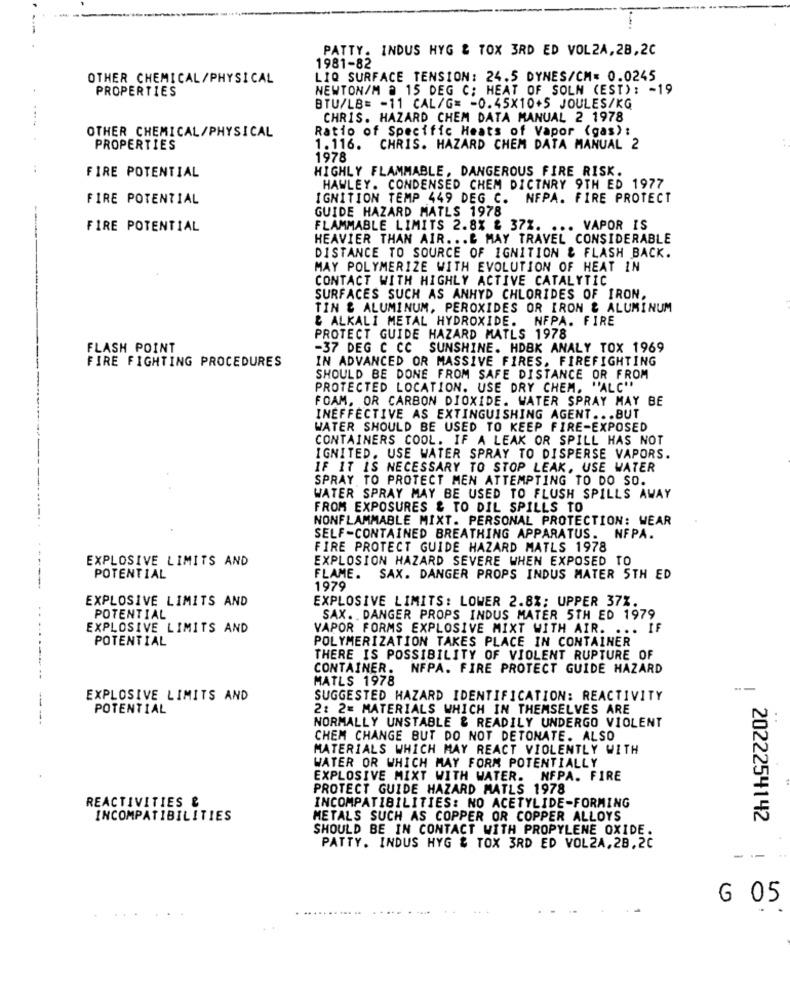
PATTY. INDUS HYG & TOX 3RD ED VOL2A, 28,2C
1981-82
OTHER CHEMICAL/PHYSICAL
LIQ SURFACE TENSION: 24.5 DYNES/CM= 0.0245
PROPERTIES
NEWTON/M a 15 DEG C; HEAT OF SOLN (EST): - 19
BTU/LB= - 11 CAL/G= - 0.45X10+5 JOULES/KG
CHRIS. HAZARD CHEM DATA MANUAL 2 1978
Ratio of Specific Heats of Vapor (gas):
OTHER CHEMICAL/PHYSICAL
PROPERTIES
1.116. CHRIS. HAZARD CHEM DATA MANUAL 2
1978
HIGHLY FLAMMABLE, DANGEROUS FIRE RISK.
FIRE POTENTIAL
HAWLEY. CONDENSED CHEM DICTNRY 9TH ED 1977
FIRE POTENTIAL
IGNITION TEMP 449 DEG C. NFPA. FIRE PROTECT
GUIDE HAZARD MATLS 1978
FIRE POTENTIAL
FLAMMABLE LIMITS 2.8% & 37%. ... VAPOR IS
HEAVIER THAN AIR ... & MAY TRAVEL CONSIDERABLE
DISTANCE TO SOURCE OF IGNITION & FLASH BACK.
MAY POLYMERIZE WITH EVOLUTION OF HEAT IN
CONTACT WITH HIGHLY ACTIVE CATALYTIC
SURFACES SUCH AS ANHYD CHLORIDES OF IRON.
TIN & ALUMINUM, PEROXIDES OR IRON & ALUMINUM
& ALKALI METAL HYDROXIDE. NFPA. FIRE
PROTECT GUIDE HAZARD MATLS 1978
FLASH POINT
-37 DEG C CC SUNSHINE. HDBK ANALY TOX 1969
FIRE FIGHTING PROCEDURES
IN ADVANCED OR MASSIVE FIRES, FIREFIGHTING
SHOULD BE DONE FROM SAFE DISTANCE OR FROM
PROTECTED LOCATION. USE DRY CHEM. "ALC"
FOAM, OR CARBON DIOXIDE. WATER SPRAY MAY BE
INEFFECTIVE AS EXTINGUISHING AGENT ... BUT
WATER SHOULD BE USED TO KEEP FIRE-EXPOSED
CONTAINERS COOL. IF A LEAK OR SPILL HAS NOT
IGNITED. USE WATER SPRAY TO DISPERSE VAPORS.
IF IT IS NECESSARY TO STOP LEAK, USE WATER
SPRAY TO PROTECT MEN ATTEMPTING TO DO SO.
WATER SPRAY MAY BE USED TO FLUSH SPILLS AWAY
FROM EXPOSURES & TO DIL SPILLS TO
NONFLAMMABLE MIXT. PERSONAL PROTECTION: WEAR
SELF-CONTAINED BREATHING APPARATUS. NFPA.
FIRE PROTECT GUIDE HAZARD MATLS 1978
EXPLOSIVE LIMITS AND
EXPLOSION HAZARD SEVERE WHEN EXPOSED TO
POTENTIAL
FLAME. SAX. DANGER PROPS INDUS MATER 5TH ED
1979
EXPLOSIVE LIMITS AND
EXPLOSIVE LIMITS: LOWER 2.8%; UPPER 37%.
POTENTIAL
SAX. DANGER PROPS INDUS MATER 5TH ED 1979
EXPLOSIVE LIMITS AND
VAPOR FORMS EXPLOSIVE MIXT WITH AIR. ... IF
POTENTIAL
POLYMERIZATION TAKES PLACE IN CONTAINER
THERE IS POSSIBILITY OF VIOLENT RUPTURE OF
CONTAINER. NFPA. FIRE PROTECT GUIDE HAZARD
MATLS 1978
EXPLOSIVE LIMITS AND
SUGGESTED HAZARD IDENTIFICATION: REACTIVITY
POTENTIAL
2: 2= MATERIALS WHICH IN THEMSELVES ARE
NORMALLY UNSTABLE & READILY UNDERGO VIOLENT
CHEM CHANGE BUT DO NOT DETONATE. ALSO
MATERIALS WHICH MAY REACT VIOLENTLY WITH
WATER OR WHICH MAY FORM POTENTIALLY
EXPLOSIVE MIXT WITH WATER. NFPA. FIRE
PROTECT GUIDE HAZARD MATLS 1978
REACTIVITIES &
INCOMPATIBILITIES: NO ACETYLIDE-FORMING
INCOMPATIBILITIES
METALS SUCH AS COPPER OR COPPER ALLOYS
2022254142
SHOULD BE IN CONTACT WITH PROPYLENE OXIDE.
PATTY. INDUS HYG & TOX 3RD ED VOL2A,2B.2C
--
G 05